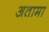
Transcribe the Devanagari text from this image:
अतामा